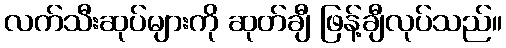
လက်သီးဆုပ်များကို ဆုတ်ချီ ဖြန့်ချီလုပ်သည်။